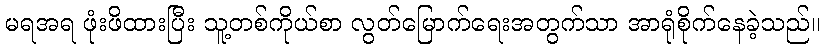
မရအရ ဖုံးဖိထားပြီး သူ့တစ်ကိုယ်စာ လွတ်မြောက်ရေးအတွက်သာ အာရုံစိုက်နေခဲ့သည်။